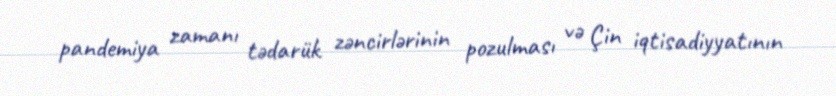
pandemiya zamanı tədarük zəncirlərinin pozulması və Çin iqtisadiyyatının